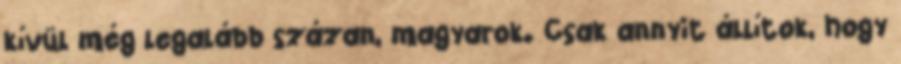
kívül még legalább százan, magyarok. Csak annyit állítok, hogy